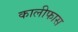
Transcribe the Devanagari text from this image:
कालीफास